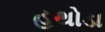
હથોડા